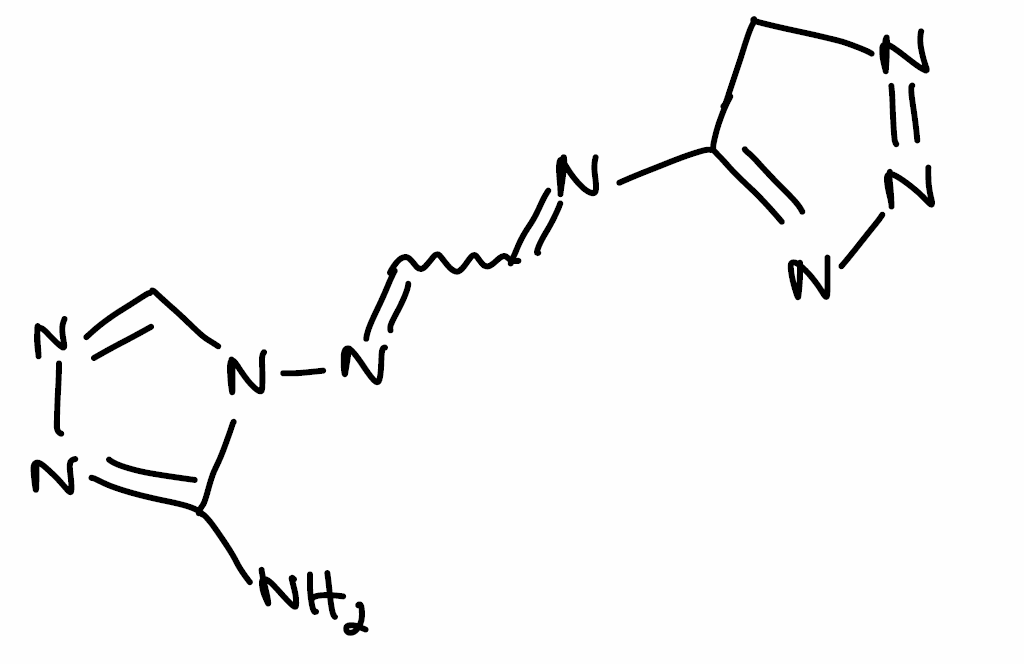
Simplified molecular-input line-entry system (SMILES) notation of the given molecule:
C1C(=NN=N1)N=CC=NN2C=NN=C2N